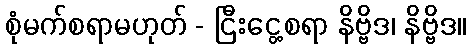
စုံမက်စရာမဟုတ် - ငြီးငွေ့စရာ နိဗ္ဗိဒ၊ နိဗ္ဗိဒ။